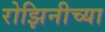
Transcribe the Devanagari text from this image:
रोझिनीच्या